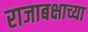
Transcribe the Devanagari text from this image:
राजाबक्षाच्या